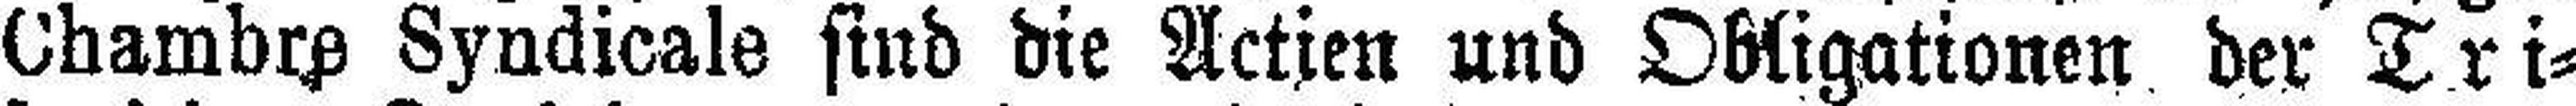
Chambre Syndicale sind die Actien und Obligationen der Tri¬